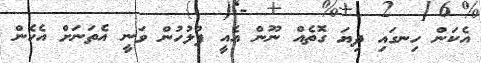
އެކަން ހިނގައި ދިޔަ ގޮތެއް ނޫން އެއީ ފުލުހުން ވަނީ އެތަނަށް އެހެން